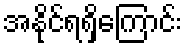
အနိုင်ရရှိကြောင်း